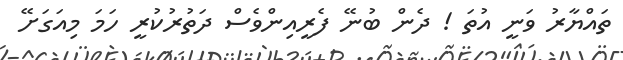
ތައްޔާރު ވަނީ އުތަ ! ދެން ބުނޭ ފެރީއިންވެސް ދަތުރުކުރީ ހަމަ މިއަގަށޭ